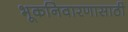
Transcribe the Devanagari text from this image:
भूकनिवारणासाठी